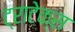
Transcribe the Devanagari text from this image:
ट्राटेक्स